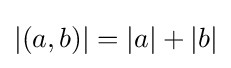
|(a,b)|=|a|+|b|